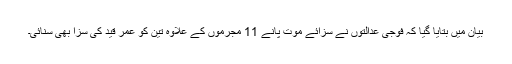
بیان میں بتایا گیا کہ فوجی عدالتوں نے سزائے موت پانے 11 مجرموں کے علاوہ تین کو عمر قید کی سزا بھی سنائی۔